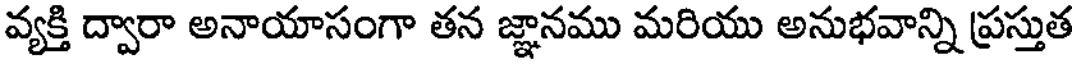
వ్యక్తి ద్వారా అనాయాసంగా తన జ్ఞానము మరియు అనుభవాన్ని ప్రస్తుత